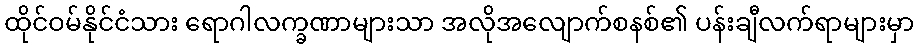
ထိုင်ဝမ်နိုင်ငံသား ရောဂါလက္ခဏာများသာ အလိုအလျောက်စနစ်၏ ပန်းချီလက်ရာများမှာ